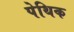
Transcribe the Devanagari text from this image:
पेथिक